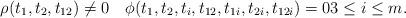
LaTeX: \begin{align*} \rho(t_1, t_2, t_{12}) \neq 0 \quad \phi(t_1, t_2, t_i, t_{12}, t_{1i}, t_{2i}, t_{12i}) = 0 3 \leq i \leq m.\end{align*}